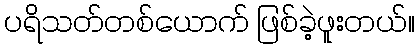
ပရိသတ်တစ်ယောက် ဖြစ်ခဲ့ဖူးတယ်။